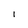
Character: I